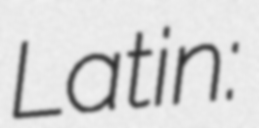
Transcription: Latin: